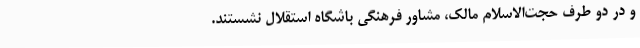
و در دو طرف حجت‌الاسلام مالک، مشاور فرهنگی باشگاه استقلال نشستند.